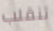
تنقلب